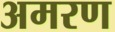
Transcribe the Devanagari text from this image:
अमरण